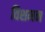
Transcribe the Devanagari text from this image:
विशमन